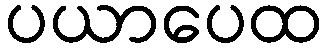
ပယာပေထ